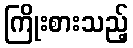
ကြိုးစားသည့်